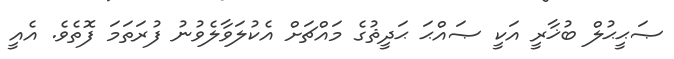
ޞަޙީޙުލް ބުޚާރީ އަކީ ޞައްޙަ ޙަދީޘުގެ މައްޗަށް އެކުލަވާލެވުނު ފުރަތަމަ ފޮތެވެ. އެއީ